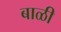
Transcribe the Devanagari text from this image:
बाळी